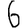
Digit: 6